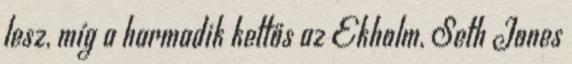
lesz, míg a harmadik kettős az Ekholm, Seth Jones